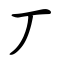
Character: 丆